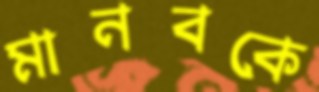
মানবকে